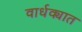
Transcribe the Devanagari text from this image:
वार्धक्यात